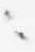
々